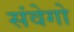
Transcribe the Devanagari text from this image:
संवेगो